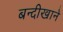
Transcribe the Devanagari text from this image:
बन्दीखाने